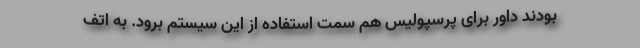
بودند داور برای پرسپولیس هم سمت استفاده از این سیستم برود. به اتف